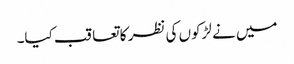
میں نے لڑکوں کی نظر کا تعاقب کیا۔